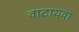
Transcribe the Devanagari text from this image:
वाटायवा